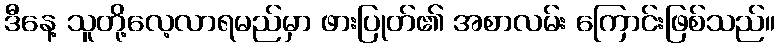
ဒီနေ့ သူတို့လေ့လာရမည်မှာ ဖားပြုတ်၏ အစာလမ်း ကြောင်းဖြစ်သည်။